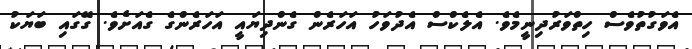
އެވަގުތުވެސް ހިތްވަރުދިނީމެވެ. އެލެކްސް އެދުވަހު އަހަރެން ގެންދިޔައީ އަހަރެންގެ ގެއަށެވެ. ގޭގައި ބަޔަކު